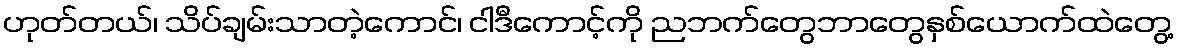
ဟုတ်တယ်၊ သိပ်ချမ်းသာတဲ့ကောင်၊ ငါဒီကောင့်ကို ညဘက်တွေဘာတွေနှစ်ယောက်ထဲတွေ့